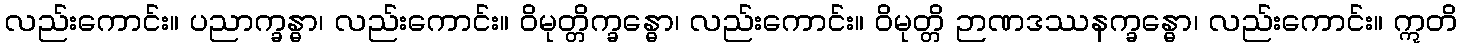
လည်းကောင်း။ ပညာက္ခန္ဓာ၊ လည်းကောင်း။ ဝိမုတ္တိက္ခန္ဓော၊ လည်းကောင်း။ ဝိမုတ္တိ ဉာဏဒဿနက္ခန္ဓော၊ လည်းကောင်း။ ဣတိ